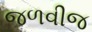
જળવીજ